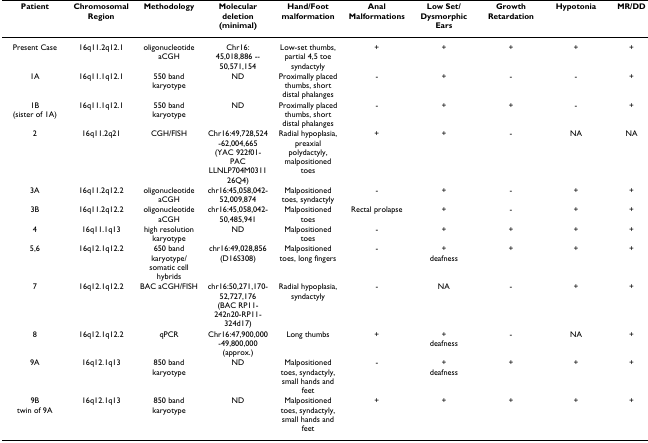
<table><thead><tr><td><b>Patient</b></td><td><b>Chromosomal Region</b></td><td><b>Methodology</b></td><td><b>Molecular deletion (minimal)</b></td><td><b>Hand/Foot malformation</b></td><td><b>Anal Malformations</b></td><td><b>Low Set/Dysmorphic Ears</b></td><td><b>Growth Retardation</b></td><td><b>Hypotonia</b></td><td><b>MR/DD</b></td></tr></thead><tbody><tr><td>Present Case</td><td>16q11.2q12.1</td><td>oligonucleotide aCGH</td><td>Chr16: 45,018,886 -- 50,571,154</td><td>Low-set thumbs, partial 4,5 toe syndactyly</td><td>+</td><td>+</td><td>+</td><td>+</td><td>+</td></tr><tr><td>1A</td><td>16q11.1q12.1</td><td>550 band karyotype</td><td>ND</td><td>Proximally placed thumbs, short distal phalanges</td><td>-</td><td>+</td><td>-</td><td>-</td><td>+</td></tr><tr><td>1B (sister of 1A)</td><td>16q11.1q12.1</td><td>550 band karyotype</td><td>ND</td><td>Proximally placed thumbs, short distal phalanges</td><td>-</td><td>+</td><td>+</td><td>-</td><td>+</td></tr><tr><td>2</td><td>16q11.2q21</td><td>CGH/FISH</td><td>Chr16:49,728,524-62,004,665(YAC 922f01-PAC LLNLP704M031126Q4)</td><td>Radial hypoplasia, preaxial polydactyly, malpositioned toes</td><td>+</td><td>+</td><td>-</td><td>NA</td><td>NA</td></tr><tr><td>3A</td><td>16q11.2q12.2</td><td>oligonucleotide aCGH</td><td>chr16:45,058,042-52,009,874</td><td>Malpositioned toes, syndactyly</td><td>-</td><td>+</td><td>-</td><td>+</td><td>+</td></tr><tr><td>3B</td><td>16q11.2q12.2</td><td>oligonucleotide aCGH</td><td>chr16:45,058,042-50,485,941</td><td>Malpositioned toes</td><td>Rectal prolapse</td><td>+</td><td>-</td><td>+</td><td>+</td></tr><tr><td>4</td><td>16q11.1q13</td><td>high resolution karyotype</td><td>ND</td><td>Malpositioned toes</td><td>-</td><td>+</td><td>+</td><td>+</td><td>+</td></tr><tr><td>5,6</td><td>16q12.1q12.2</td><td>650 band karyotype/somatic cell hybrids</td><td>chr16:49,028,856(D16S308)</td><td>Malpositioned toes, long fingers</td><td>-</td><td>+deafness</td><td>+</td><td>+</td><td>+</td></tr><tr><td>7</td><td>16q12.1q12.2</td><td>BAC aCGH/FISH</td><td>chr16:50,271,170-52,727,176(BAC RP11-242n20-RP11-324d17)</td><td>Radial hypoplasia, syndactyly</td><td>-</td><td>NA</td><td>-</td><td>+</td><td>+</td></tr><tr><td>8</td><td>16q12.1q12.2</td><td>qPCR</td><td>Chr16:47,900,000-49,800,000 (approx.)</td><td>Long thumbs</td><td>+</td><td>+deafness</td><td>-</td><td>NA</td><td>+</td></tr><tr><td>9A</td><td>16q12.1q13</td><td>850 band karyotype</td><td>ND</td><td>Malpositioned toes, syndactyly, small hands and feet</td><td>-</td><td>+deafness</td><td>+</td><td>+</td><td>+</td></tr><tr><td>9Btwin of 9A</td><td>16q12.1q13</td><td>850 band karyotype</td><td>ND</td><td>Malpositioned toes, syndactyly, small hands and feet</td><td>+</td><td>+</td><td>+</td><td>+</td><td>+</td></tr></tbody></table>